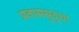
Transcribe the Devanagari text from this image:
प्रवाससुद्धा